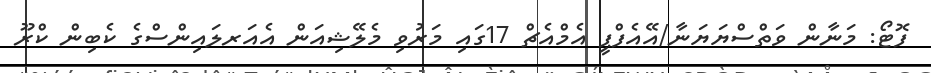
ފޮޓޯ: މަނާން ވަތްސްޔަޔަނާ/އޭއެފްޕީ އެމްއެޗް 17ގައި މަރުވި މެލޭޝިއަން އެއަރލައިންސްގެ ކެބިން ކްރޫ